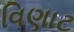
વિણાટ